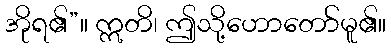
အိုရ၏”။ ဣတိ၊ ဤသို့ဟောတော်မူ၏။